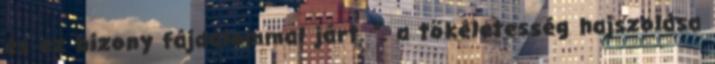
és ez bizony fájdalommal járt. ". a tökéletesség hajszolása